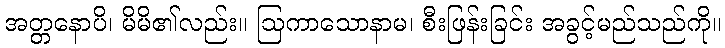
အတ္တနောပိ၊ မိမိ၏လည်း။ ဩကာသောနာမ၊ စီးဖြန်းခြင်း အခွင့်မည်သည်ကို။